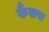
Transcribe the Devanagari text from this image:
कैंसस